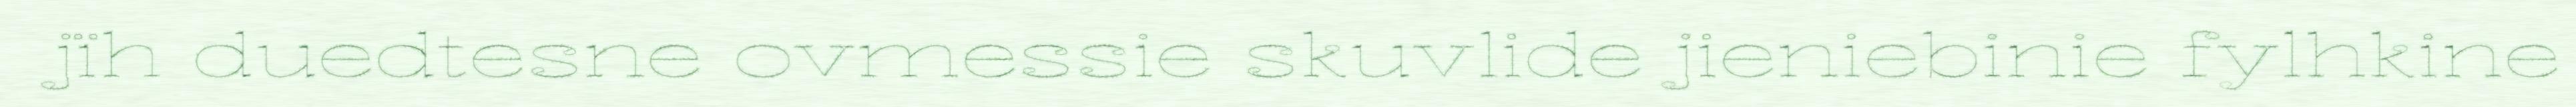
jïh duedtesne ovmessie skuvlide jieniebinie fylhkine